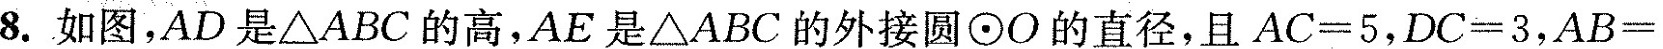
8. 如图，A D是△ A B C的高，A E是△ A